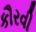
કૌરવી